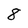
Character: 8